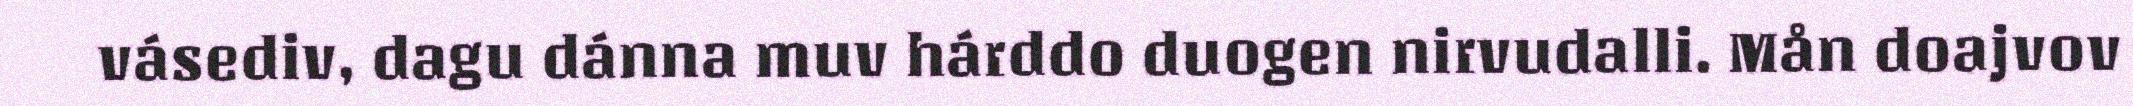
vásediv, dagu dánna muv hárddo duogen nirvudalli. Mån doajvov